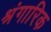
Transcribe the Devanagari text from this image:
श्रंगारिक